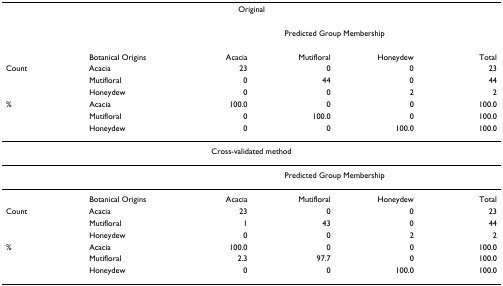
<table><thead><tr><td colspan="6"><b>Original</b></td></tr></thead><tbody><tr><td></td><td></td><td colspan="4">Predicted Group Membership</td></tr><tr><td></td><td>Botanical Origins</td><td>Acacia</td><td>Mutifloral</td><td>Honeydew</td><td>Total</td></tr><tr><td>Count</td><td>Acacia</td><td>23</td><td>0</td><td>0</td><td>23</td></tr><tr><td></td><td>Mutifloral</td><td>0</td><td>44</td><td>0</td><td>44</td></tr><tr><td></td><td>Honeydew</td><td>0</td><td>0</td><td>2</td><td>2</td></tr><tr><td>%</td><td>Acacia</td><td>100.0</td><td>0</td><td>0</td><td>100.0</td></tr><tr><td></td><td>Mutifloral</td><td>0</td><td>100.0</td><td>0</td><td>100.0</td></tr><tr><td></td><td>Honeydew</td><td>0</td><td>0</td><td>100.0</td><td>100.0</td></tr><tr><td colspan="6">Cross-validated method</td></tr><tr><td></td><td></td><td colspan="4">Predicted Group Membership</td></tr><tr><td></td><td>Botanical Origins</td><td>Acacia</td><td>Mutifloral</td><td>Honeydew</td><td>Total</td></tr><tr><td>Count</td><td>Acacia</td><td>23</td><td>0</td><td>0</td><td>23</td></tr><tr><td></td><td>Mutifloral</td><td>1</td><td>43</td><td>0</td><td>44</td></tr><tr><td></td><td>Honeydew</td><td>0</td><td>0</td><td>2</td><td>2</td></tr><tr><td>%</td><td>Acacia</td><td>100.0</td><td>0</td><td>0</td><td>100.0</td></tr><tr><td></td><td>Mutifloral</td><td>2.3</td><td>97.7</td><td>0</td><td>100.0</td></tr><tr><td></td><td>Honeydew</td><td>0</td><td>0</td><td>100.0</td><td>100.0</td></tr></tbody></table>